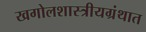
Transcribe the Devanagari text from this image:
खगोलशास्त्रीयग्रंथात